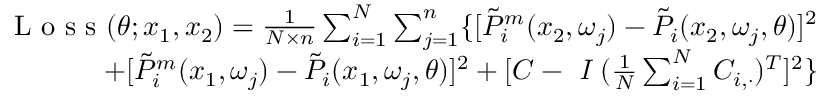
\begin{array} { r } { \mathrm { ~ L ~ o ~ s ~ s ~ } ( \theta ; x _ { 1 } , x _ { 2 } ) = \frac { 1 } { N \times n } \sum _ { i = 1 } ^ { N } \sum _ { j = 1 } ^ { n } \{ [ \Tilde { P } _ { i } ^ { m } ( x _ { 2 } , \omega _ { j } ) - \Tilde { P } _ { i } ( x _ { 2 } , \omega _ { j } , \theta ) ] ^ { 2 } } \\ { + [ \Tilde { P } _ { i } ^ { m } ( x _ { 1 } , \omega _ { j } ) - \Tilde { P } _ { i } ( x _ { 1 } , \omega _ { j } , \theta ) ] ^ { 2 } + [ C - \textit { I } ( \frac { 1 } { N } \sum _ { i = 1 } ^ { N } C _ { i , \cdot } ) ^ { T } ] ^ { 2 } \} } \end{array}